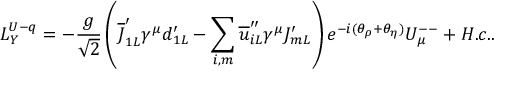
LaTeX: { \cal L } _ { Y } ^ { U - q } = - \frac g { \sqrt { 2 } } \left( \overline { { { J } } } _ { 1 L } ^ { \prime } \gamma ^ { \mu } d _ { 1 L } ^ { \prime } - \sum _ { i , m } \overline { { { u } } } _ { i L } ^ { \prime \prime } \gamma ^ { \mu } J _ { m L } ^ { \prime } \right) e ^ { - i ( \theta _ { \rho } + \theta _ { \eta } ) } U _ { \mu } ^ { -- } + H . c . .